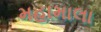
મહામાલા